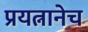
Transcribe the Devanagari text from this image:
प्रयत्नानेच